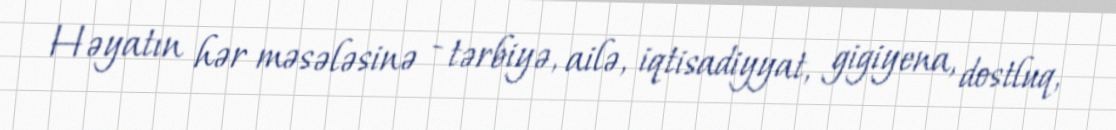
Həyatın hər məsələsinə - tərbiyə, ailə, iqtisadiyyat, gigiyena, dostluq,